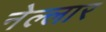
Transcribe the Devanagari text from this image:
नेल्‍लार